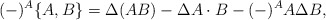
\begin{align*}(-)^A\{A,B\}=\Delta\!\left(A B\right)-\Delta A\cdot B - (-)^A A\Delta B , \end{align*}